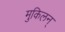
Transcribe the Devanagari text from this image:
मुकिलन्